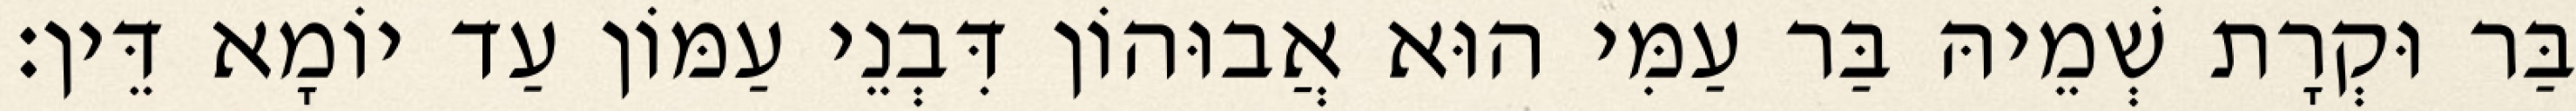
בַּר וּקְרָת שְׁמֵיהּ בַּר עַמִּי הוּא אֲבוּהוֹן דִּבְנֵי עַמּוֹן עַד יוֹמָא דֵּין׃